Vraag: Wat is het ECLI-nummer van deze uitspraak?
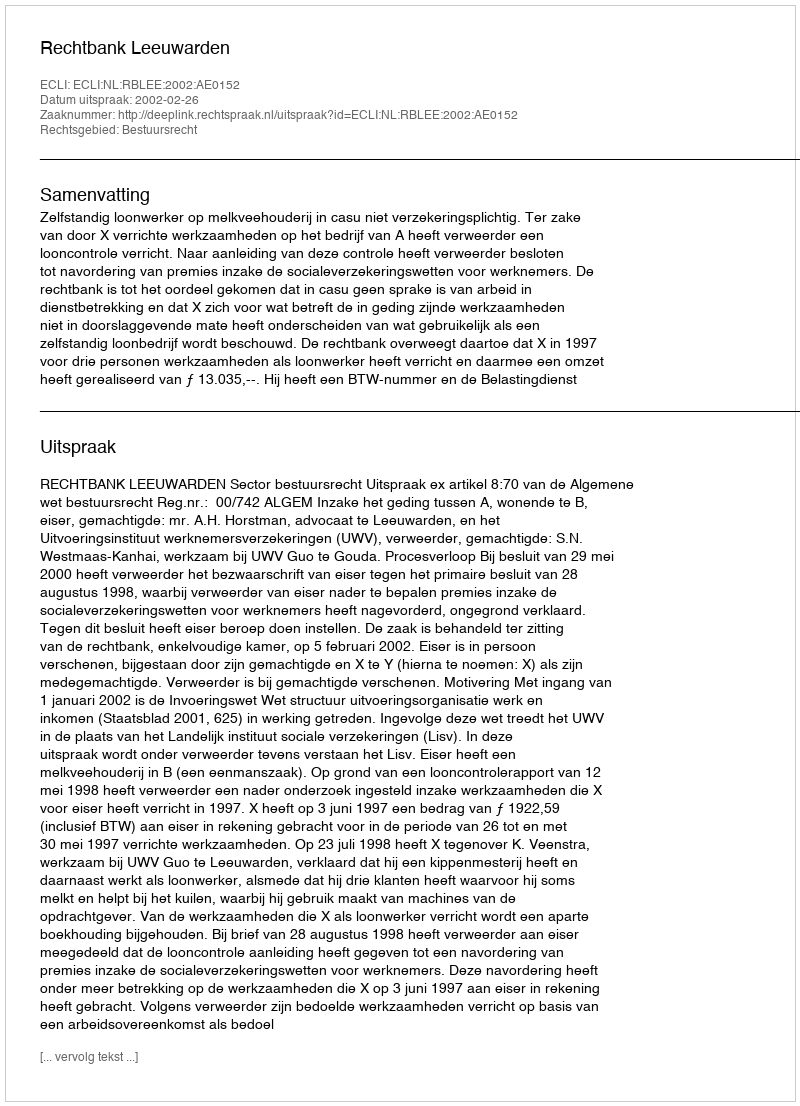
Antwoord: ECLI:NL:RBLEE:2002:AE0152